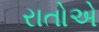
રાતોએ